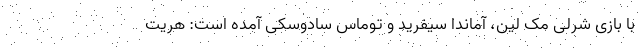
با بازی شرلی مک لین، آماندا سیفرید و توماس سادوسکی آمده است: هریت